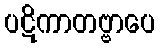
ပဋိကာတဗ္ဗာပေ